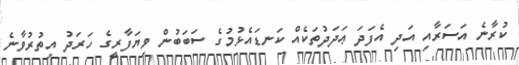
ކުރާނެ އަސަރާއި އަދި އެފަދަ ޢަދަދުތަކެއް ކަނޑައެޅުމުގެ ސަބަބުން ވިޔަފާރީގެ ހަރަދު އިތުރުވާނެ